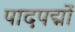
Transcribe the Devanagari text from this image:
पादपद्मों